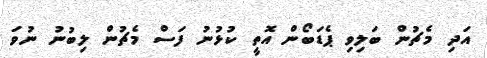
އަދި މެޗުން ބަލިވި ޕެޑަބޯން އޮތީ ކުޅުނު ފަސް މެޗުން ލިބުނު ނުވަ